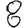
Digit: 8